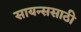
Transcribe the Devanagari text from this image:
सायन्ससाठी